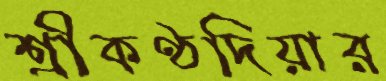
শ্রীকণ্ঠদিয়ার